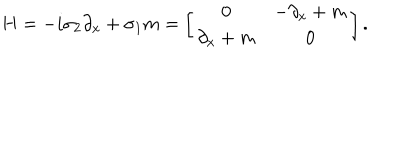
H = - i \sigma _ { 2 } \partial _ { x } + \sigma _ { 1 } m = \left[ \begin{array} { c c } { { 0 } } & { { - \partial _ { x } + m } } \\ { { \partial _ { x } + m } } & { { 0 } } \\ \end{array} \right] .